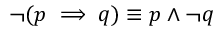
\neg ( p \implies q ) \equiv p \wedge \neg q